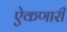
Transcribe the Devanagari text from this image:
ऐकणारी